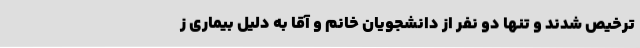
ترخیص شدند و تنها دو نفر از دانشجویان خانم و آقا به دلیل بیماری ز